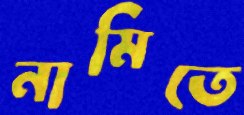
নামিতে